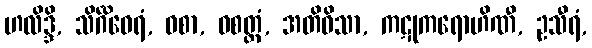
ဟလိဒ္ဒိ, သိင်္ဂိဝေရံ, ဝစာ, ဝစတ္တံ, အတိဝိသာ, ကဋုကရောဟိဏီ, ဥသီရံ,